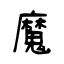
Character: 魔